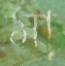
মা